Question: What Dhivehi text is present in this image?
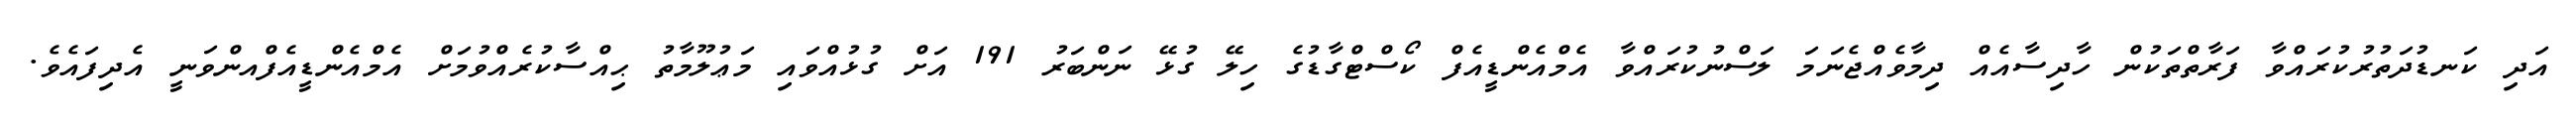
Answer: އަދި ކަނޑުދަތުރުކުރައްވާ ފަރާތްތަކުން ހާދިސާއެއް ދިމާވެއްޖެނަމަ ލަސްނުކުރައްވާ އެމްއެންޑީއެފް ކޯސްޓްގާޑުގެ ހިލޭ ގުޅޭ ނަންބަރު 191 އަށް ގުޅުއްވައި މަޢުލޫމާތު ޙިއްސާކުރެއްވުމަށް އެމްއެންޑީއެފްއންވަނީ އެދިފައެވެ.